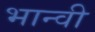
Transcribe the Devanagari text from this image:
भान्वी